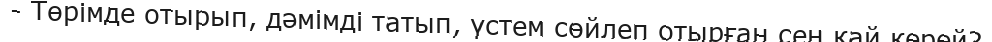
- Төрімде отырып, дәмімді татып, үстем сөйлеп отырған сен қай керей?